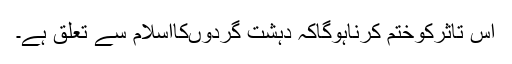
اس تاثرکوختم کرناہوگاکہ دہشت گردوںکااسلام سے تعلق ہے۔